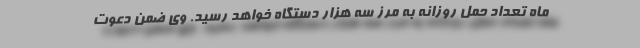
ماه تعداد حمل روزانه به مرز سه هزار دستگاه خواهد رسید. وی ضمن دعوت